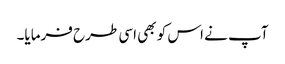
آپ نے اس کو بھی اسی طرح فرمایا۔